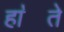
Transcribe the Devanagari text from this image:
हा॓ते